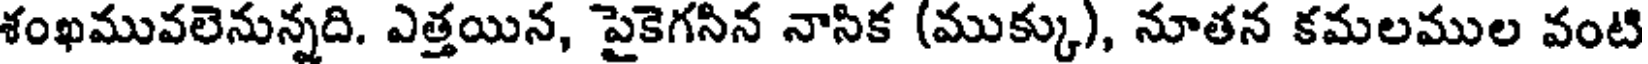
శంఖమువలెనున్నది. ఎత్తయిన, పైకెగసిన నాసిక (ముక్కు), నూతన కమలముల వంటి